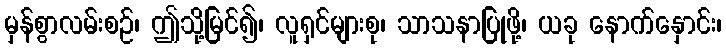
မှန်စွာလမ်းစဉ်၊ ဤသို့မြင်၍၊ လူရှင်များစု၊ သာသနာပြုဖို့၊ ယခု နောက်နှောင်း၊